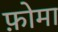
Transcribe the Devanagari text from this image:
फ़ोमा